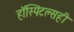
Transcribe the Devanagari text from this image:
हॉस्पिटल्सही